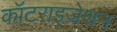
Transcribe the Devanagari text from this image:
कॉटराइज़ेशन